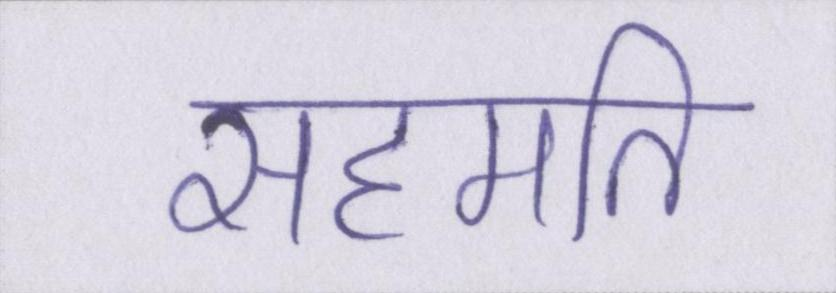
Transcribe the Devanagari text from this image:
सहमति